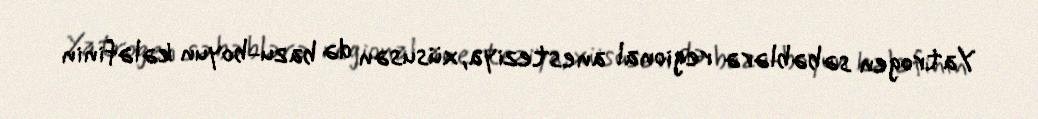
Yatrogen səbəblərə regional anesteziya, xüsusən də bazu-boyun kələfinin